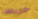
خريطة